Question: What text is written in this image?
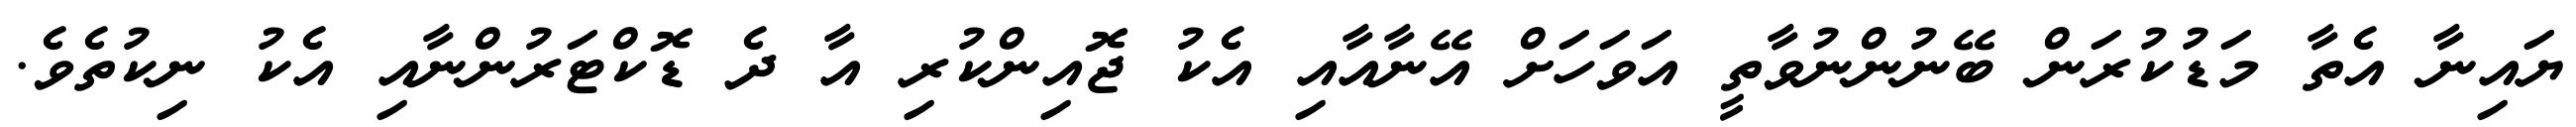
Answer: ޔައިނާ އެތާ މަޑުކުރަން ބޭނުންނުވާތީ އަވަހަށް އޭނާއާއި އެކު ޖޮއިންކުރި އާ ދެ ޑޮކްޓަރުންނާއި އެކު ނިކުތެވެ.